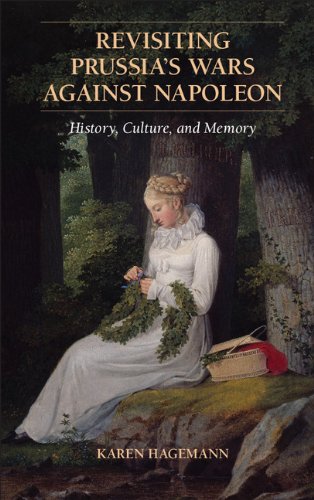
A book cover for Revisiting Prussia's Wars against Napoleon: History, Culture, and Memory; Karen Hagemann; History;